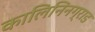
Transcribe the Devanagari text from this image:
कालिनिनग्राड